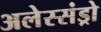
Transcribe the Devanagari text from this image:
अलेस्संड्रो